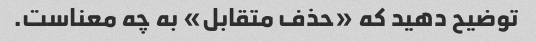
توضیح دهید که «حذف متقابل» به چه معناست.